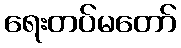
ရေးတပ်မတော်